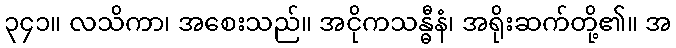
၃၄၁။ လသိကာ၊ အစေးသည်။ အငိုကသန္ဓီနံ၊ အရိုးဆက်တို့၏။ အ